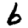
Digit: 6